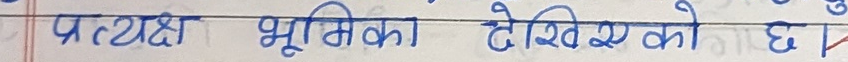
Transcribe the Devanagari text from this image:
प्रत्यक्ष भूमिका देखिएको छ ।